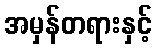
အမှန်တရားနှင့်